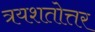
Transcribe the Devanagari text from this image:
त्रयशतोत्तर